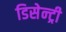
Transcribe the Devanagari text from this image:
डिसेन्ट्री